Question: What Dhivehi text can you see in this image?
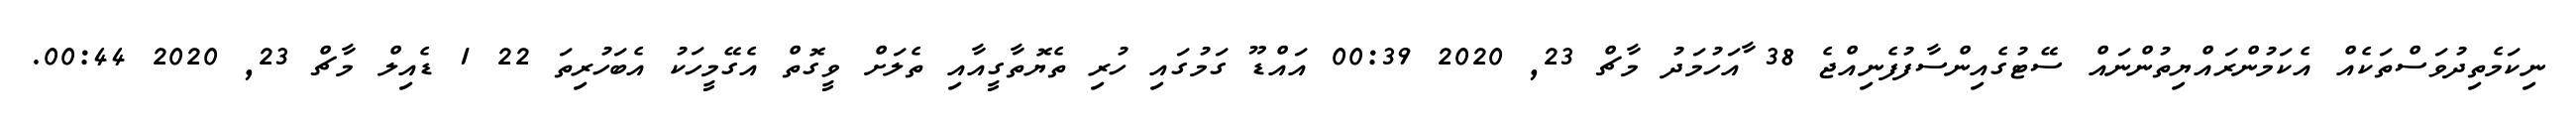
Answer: ނިކަމެތިދުވަސްތަކެއް އެކަމުންރައްޔިތުންނައް ސޭޓުގެއިންސާފުފެނިއްޖެ 38 ާއަހުމަދު މާޗް 23, 2020 00:39 އައްޑޫ ގަމުގައި ހުރި ތެޔޮތާގީއާއި ތެލަށް ވީގޮތް އެގޭމީހަކު އެބަހުރިތަ 22 1 ޑެއިލް މާޗް 23, 2020 00:44.